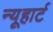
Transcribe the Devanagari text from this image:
न्यूहार्ट